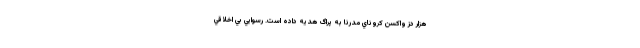
هزار دُز واکسن کروناي مدرنا به پراگ هدیه داده است. رسوايي بي اخلاقي